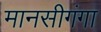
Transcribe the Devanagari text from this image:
मानसीगंगा